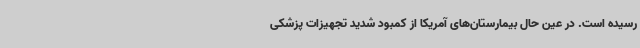
رسیده است. در عین حال بیمارستان‌های آمریکا از کمبود شدید تجهیزات پزشکی